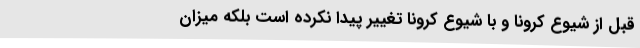
قبل از شیوع کرونا و با شیوع کرونا تغییر پیدا نکرده است بلکه میزان